Indian journal of veterinary science and animal husbandry - Volume 8,
Year: 1938
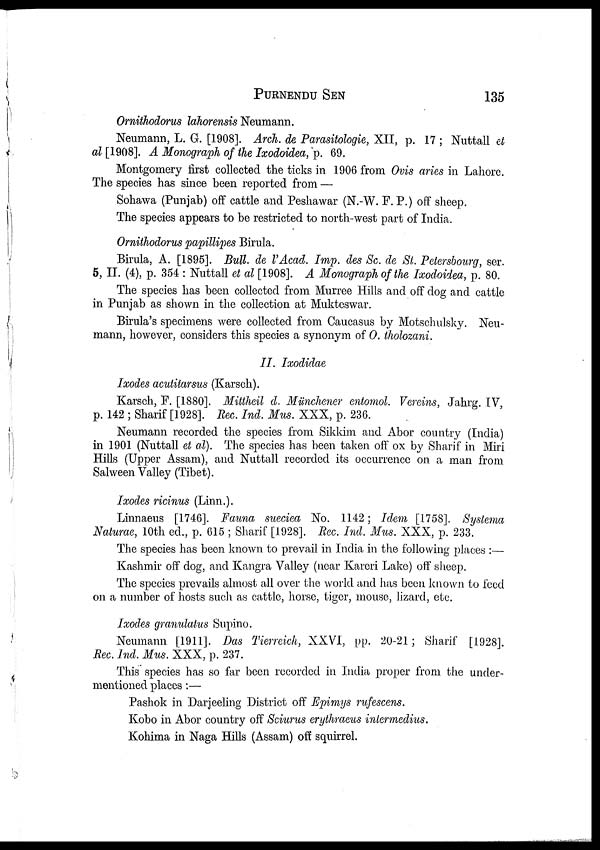
PURNENDU
SEN
135
Ornithodorus lahorensis Neumann.
Neumann, L. G. [1908]. Arch. de Parasitologie, XII, p. 17 ; Nuttall et
al [1908]. A Monograph of the Ixodoidea, p. 69.
Montgomery first collected the ticks in 1906 from Ovis aries in Lahore.
The species has since been reported from —
Sohawa (Punjab) off cattle and Peshawar (N.-W. F. P.) off sheep.
The species appears to be restricted to north-west part of India.
Ornithodorus papillipes Birula.
Birula, A. [1895]. Bull. de l'Acad. Imp. des Sc. de St. Petersbourg, ser.
5, II. (4), p. 354 : Nuttall et al [1908]. A Monograph of the Ixodoidea, p. 80.
The species has been collected from Murree Hills and. off dog and cattle
in Punjab as shown in the collection at Mukteswar.
Birula's specimens were collected from Caucasus by Motschulsky. Neu-
mann, however, considers this species a synonym of O. tholozani.
II. Ixodidae
Ixodes acutitarsus (Karsch).
Karsch, F. [1880]. Mittheil d. Münchener entomol. Vereins, Jahrg. IV,
p. 142 ; Sharif [1928]. Rec. Ind. Mus. XXX, p. 236.
Neumann recorded the species from Sikkim and Abor country (India)
in 1901 (Nuttall et al). The species has been taken off ox by Sharif in Miri
Hills (Upper Assam), and Nuttall recorded its occurrence on a man from
Salween Valley (Tibet).
Ixodes ricinus (Linn.).
Linnaeus [1746]. Fauna sueciea No. 1142; Idem [1758]. Systema
Naturae, 10th ed., p. 615 ; Sharif [1928]. Rec. Ind. Mus. XXX, p. 233.
The species has been known to prevail in India in the following places :—
Kashmir off dog, and Kangra Valley (near Kareri Lake) off sheep.
The species prevails almost all over the world and has been known to feed
on a number of hosts such as cattle, horse, tiger, mouse, lizard, etc.
Ixodes granulatus Supino.
Neumann [1911]. Das Tierreich, XXVI, pp. 20-21 ; Sharif [1928].
Rec. Ind. Mus. XXX, p. 237.
This species has so far been recorded in India proper from the under-
mentioned places:—
Pashok in Darjeeling District off Epimys rufescens.
Kobo in Abor country off Sciurus erythraeus intermedius.
Kohima in Naga Hills (Assam) off squirrel.